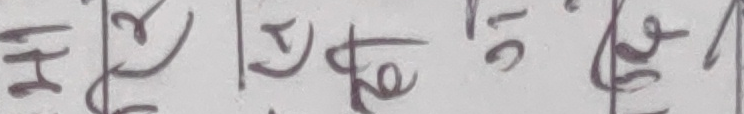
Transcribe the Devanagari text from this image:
हे रे ते ले।